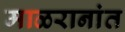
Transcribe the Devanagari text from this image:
माळरानांत